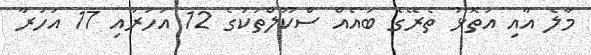
މާލެ އާއި އަތޮޅު ތެރޭގެ ބައެއް ސްކޫލްތަކުގެ 12 އަހަރާއި 17 އަހަރާ